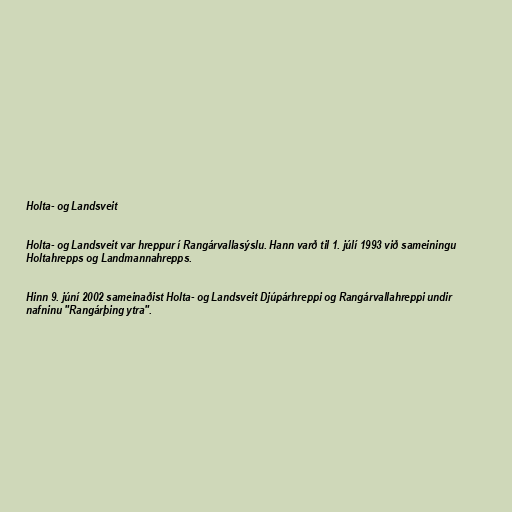
Holta- og Landsveit

Holta- og Landsveit var hreppur í Rangárvallasýslu. Hann varð til 1. júlí 1993 við sameiningu
Holtahrepps og Landmannahrepps.

Hinn 9. júní 2002 sameinaðist Holta- og Landsveit Djúpárhreppi og Rangárvallahreppi undir
nafninu "Rangárþing ytra".